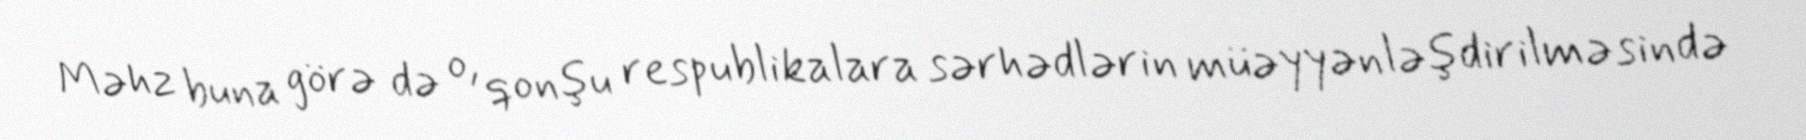
Məhz buna görə də o, qonşu respublikalara sərhədlərin müəyyənləşdirilməsində